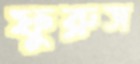
ফুরুস